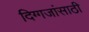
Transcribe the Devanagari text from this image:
दिग्गजांसाठी